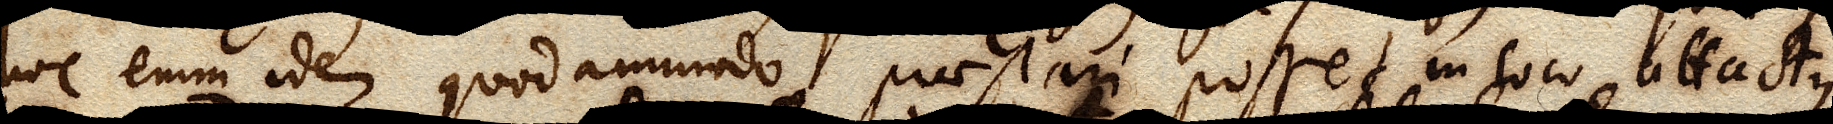
hoc enim idem quodammodo praestari posset in loco attactus,